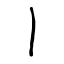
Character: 丨